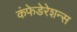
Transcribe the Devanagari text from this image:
कंफेडेरेशन्स